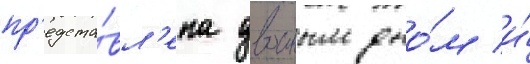
пр'едста́вл'ена двоиным дно́м и́